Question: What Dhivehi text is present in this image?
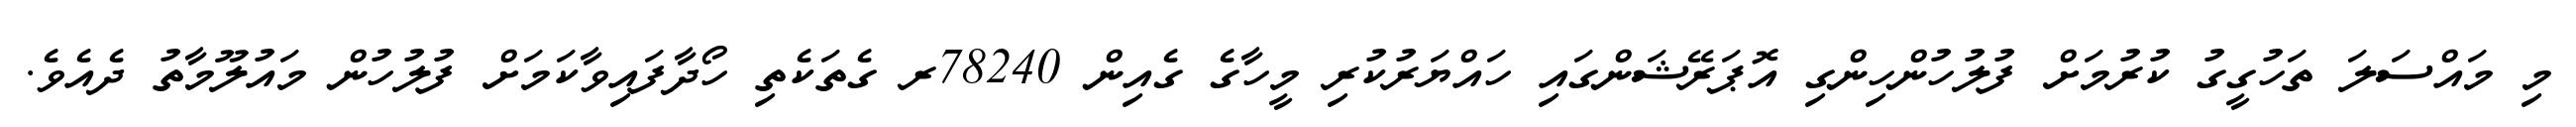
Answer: މި މައްސަލަ ތަހުގީގު ކުރުމަށް ފުލުހުންހިންގި އޮޕަރޭޝަންގައި ހައްޔަރުކުރި މީހާގެ ގެއިން 78240ރ ގެތަކެތި ހޯދާފައިވާކަމަށް ފުލުހުން މައުލޫމާތު ދެއެވެ.